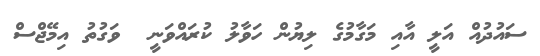
ސައުދުއް އަލީ އާއި މަގާމުގެ ލިޔުން ހަވާލު ކުރައްވަނީ  ވަގުތު އިމޭޖްސް